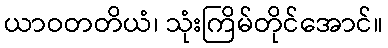
ယာဝတတိယံ၊ သုံးကြိမ်တိုင်အောင်။